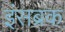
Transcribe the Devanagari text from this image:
इंसब्रक